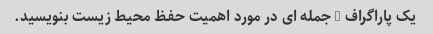
یک پاراگراف 5 جمله ای در مورد اهمیت حفظ محیط زیست بنویسید.